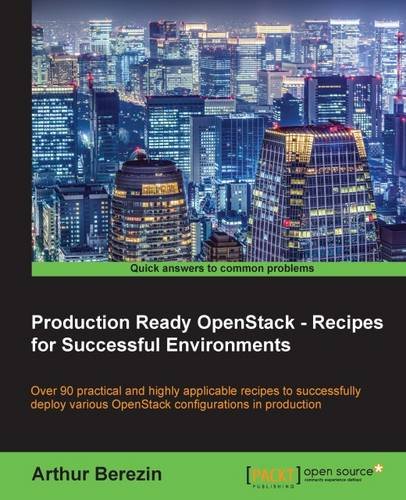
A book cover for Production Ready OpenStack - Recipes for Successful Environments; Arthur Berezin; Computers & Technology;